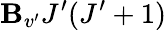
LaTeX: \mathbf{B}_{v^{\prime}}J^{\prime}(J^{\prime}+1)